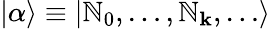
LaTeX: \vert\alpha\rangle\equiv\vert\mathbb{N}_{0},\ldots,\mathbb{N}_{\mathbf{k}},\ldots\rangle